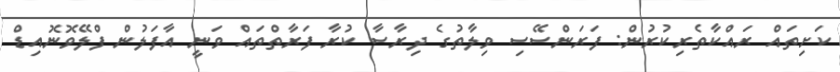
ކަށިތައް ރައްކާތެރިކުރުން: ފަރަންސޭސި ވިލާތުގެ ދިރާސާ ކުރާ ފަރާތްތައް ވަނީ އާފަލުން ފްލޭވޮނޮއިޑް